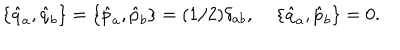
\{ \hat { q } _ { a } , \hat { q } _ { b } \} = \{ \hat { p } _ { a } , \hat { p } _ { b } \} = ( 1 / 2 ) \delta _ { a b } , \; \{ \hat { q } _ { a } , \hat { p } _ { b } \} = 0 .